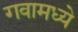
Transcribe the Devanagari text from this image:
गवामध्ये